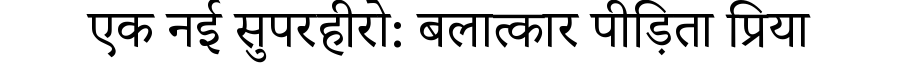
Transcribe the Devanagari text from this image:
एक नई सुपरहीरो: बलात्कार पीड़िता प्रिया